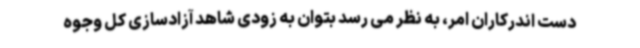
دست اندرکاران امر، به نظر می رسد بتوان به زودی شاهد آزادسازی کل وجوه